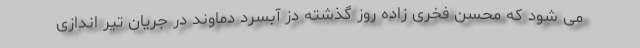
می شود که محسن فخری زاده روز گذشته دز آبسرد دماوند در جریان تیر اندازی